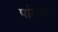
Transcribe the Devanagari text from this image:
पांनाची